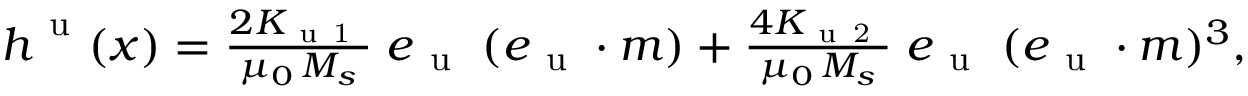
\begin{array} { r } { \boldsymbol { h } ^ { \mathrm { ~ u ~ } } ( \boldsymbol { x } ) = \frac { 2 K _ { \mathrm { ~ u ~ 1 ~ } } } { \mu _ { 0 } \, M _ { s } } \; \boldsymbol { e } _ { \mathrm { ~ u ~ } } \; ( \boldsymbol { e } _ { \mathrm { ~ u ~ } } \cdot \boldsymbol { m } ) + \frac { 4 K _ { \mathrm { ~ u ~ 2 ~ } } } { \mu _ { 0 } \, M _ { s } } \; \boldsymbol { e } _ { \mathrm { ~ u ~ } } \; ( \boldsymbol { e } _ { \mathrm { ~ u ~ } } \cdot \boldsymbol { m } ) ^ { 3 } , } \end{array}